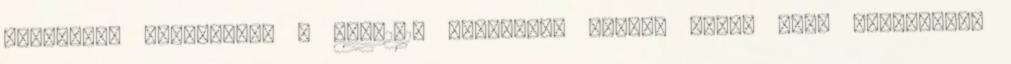
vállalunk Érdeklődni a bizi2013 yahoo.com e-mail címen tud. Érettségi,